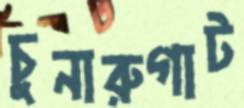
চুনারুগাট